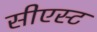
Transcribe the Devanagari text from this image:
सीएस्ट